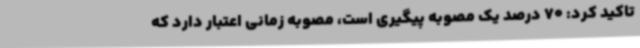
تاکید کرد: 70 درصد یک مصوبه پیگیری است، مصوبه زمانی اعتبار دارد که